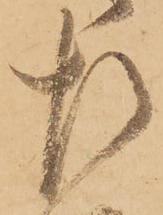
左